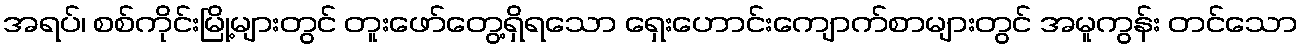
အရပ်၊ စစ်ကိုင်းမြို့များတွင် တူးဖော်တွေ့ရှိရသော ရှေးဟောင်းကျောက်စာများတွင် အမူကွန်း တင်သော